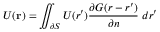
U ( \mathbf { r } ) = \iint _ { \partial S } U ( \boldsymbol { r ^ { \prime } } ) \frac { \partial G ( \boldsymbol { r } - \boldsymbol { r ^ { \prime } } ) } { \partial n } \; d \boldsymbol { r ^ { \prime } }